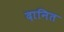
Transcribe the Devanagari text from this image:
दानित